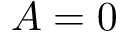
A = 0